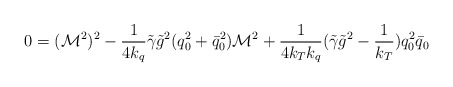
\begin{align*}0= ({\cal M}^2)^2 - \frac1{4 k_q} \tilde{\gamma} \tilde g^2 (q_0^2+\bar{q}_0^2) {\cal M}^2 +\frac1{4 k_T k_q} (\tilde{\gamma} \tilde g^2 -\frac1{k_T}) q_0^2 \bar{q}_0\end{align*}